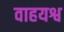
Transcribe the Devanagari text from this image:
वाहयश्व